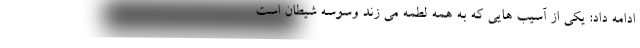
ادامه داد: یکی از آسیب هایی که به همه لطمه می زند وسوسه شیطان است